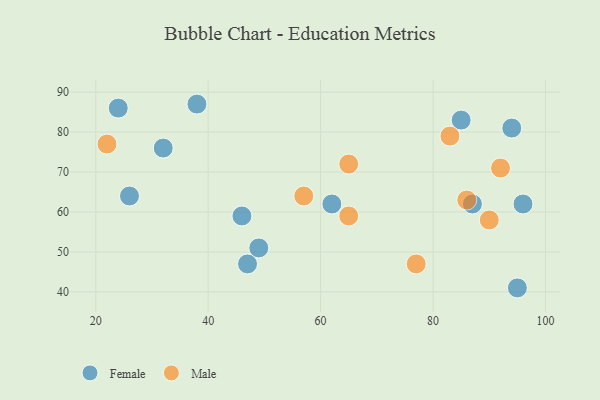
{"axis": {"x": "GDP", "y": "Life Expectancy"}, "legend": ["Female", "Male"], "data": [{"x": "94", "y": 81, "type": "Female"}, {"x": "46", "y": 59, "type": "Female"}, {"x": "38", "y": 87, "type": "Female"}, {"x": "47", "y": 47, "type": "Female"}, {"x": "26", "y": 64, "type": "Female"}, {"x": "95", "y": 41, "type": "Female"}, {"x": "62", "y": 62, "type": "Female"}, {"x": "85", "y": 83, "type": "Female"}, {"x": "96", "y": 62, "type": "Female"}, {"x": "32", "y": 76, "type": "Female"}, {"x": "87", "y": 62, "type": "Female"}, {"x": "49", "y": 51, "type": "Female"}, {"x": "24", "y": 86, "type": "Female"}, {"x": "83", "y": 79, "type": "Male"}, {"x": "77", "y": 47, "type": "Male"}, {"x": "65", "y": 59, "type": "Male"}, {"x": "65", "y": 72, "type": "Male"}, {"x": "92", "y": 71, "type": "Male"}, {"x": "90", "y": 58, "type": "Male"}, {"x": "57", "y": 64, "type": "Male"}, {"x": "22", "y": 77, "type": "Male"}, {"x": "86", "y": 63, "type": "Male"}]}